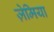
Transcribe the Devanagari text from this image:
ज़ेमिया